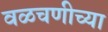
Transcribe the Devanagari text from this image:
वळचणीच्या